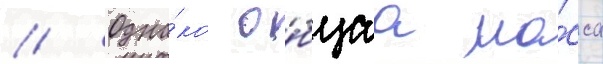
// Одна́ко о́бщаа ма́сса